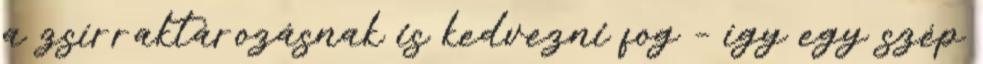
a zsírraktározásnak is kedvezni fog – így egy szép